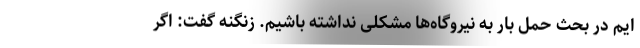
ایم در بحث حمل بار به نیروگاه‌ها مشکلی نداشته باشیم. زنگنه گفت: اگر